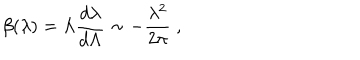
\beta ( \lambda ) = \Lambda \frac { d \lambda } { d \Lambda } \sim - \frac { \lambda ^ { 2 } } { 2 \pi } \; ,